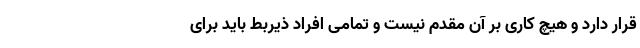
قرار دارد و هیچ کاری بر آن مقدم نیست و تمامی افراد ذیربط باید برای